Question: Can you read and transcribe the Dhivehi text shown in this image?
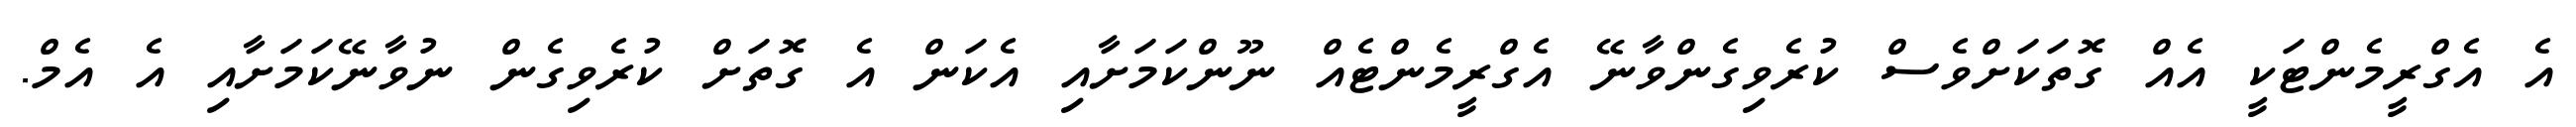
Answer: އެ އެގްރީމެންޓަކީ އެއް ގޮތަކަށްވެސް ކުރެވިގެންވާނޭ އެގްރީމެންޓެއް ނޫންކަމަށާއި އެކަން އެ ގޮތަށް ކުރެވިގެން ނުވާނޭކަމަށާއި އެ އެމް.